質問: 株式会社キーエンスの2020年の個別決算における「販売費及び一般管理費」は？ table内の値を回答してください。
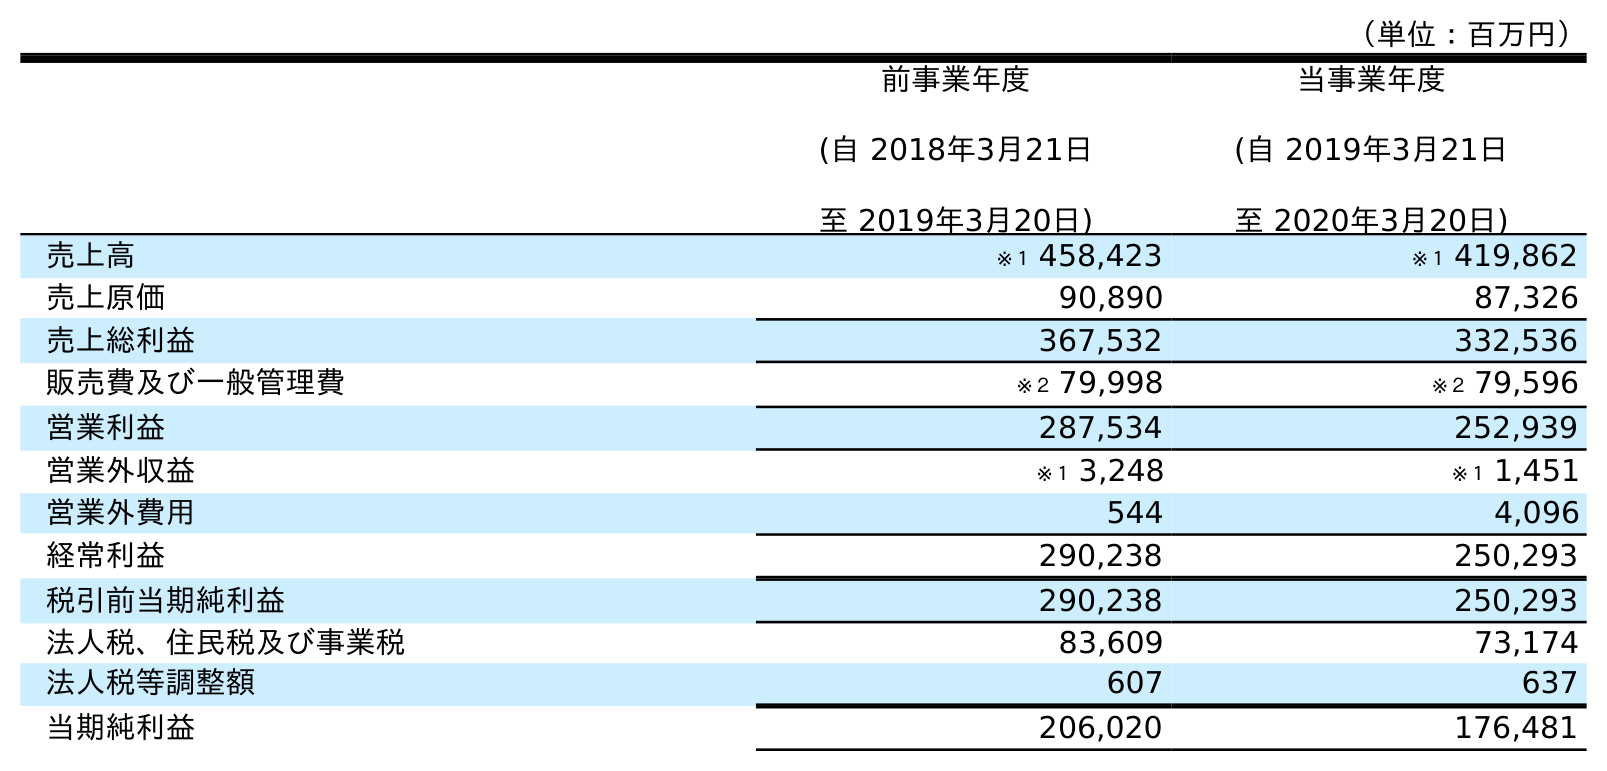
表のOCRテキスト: （単位：百万円） 前事業年度 (自 2018年3月21日 至 2019年3月20日) 当事業年度 (自 2019年3月21日 至 2020年3月20日) 売上高 ※１ 458,423 ※１ 419,862 売上原価 90,890 87,326 売上総利益 367,532 332,536 販売費及び一般管理費 ※２ 79,998 ※２ 79,596 営業利益 287,534 252,939 営業外収益 ※１ 3,248 ※１ 1,451 営業外費用 544 4,096 経常利益 290,238 250,293 税引前当期純利益 290,238 250,293 法人税、住民税及び事業税 83,609 73,174 法人税等調整額 607 637 当期純利益 206,020 176,481
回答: ※２79,596